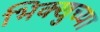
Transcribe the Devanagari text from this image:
भिक्खुच्या